65_HS1-834228961_62-HQ-83894_Serial_164
Agency: FBI
Page 117
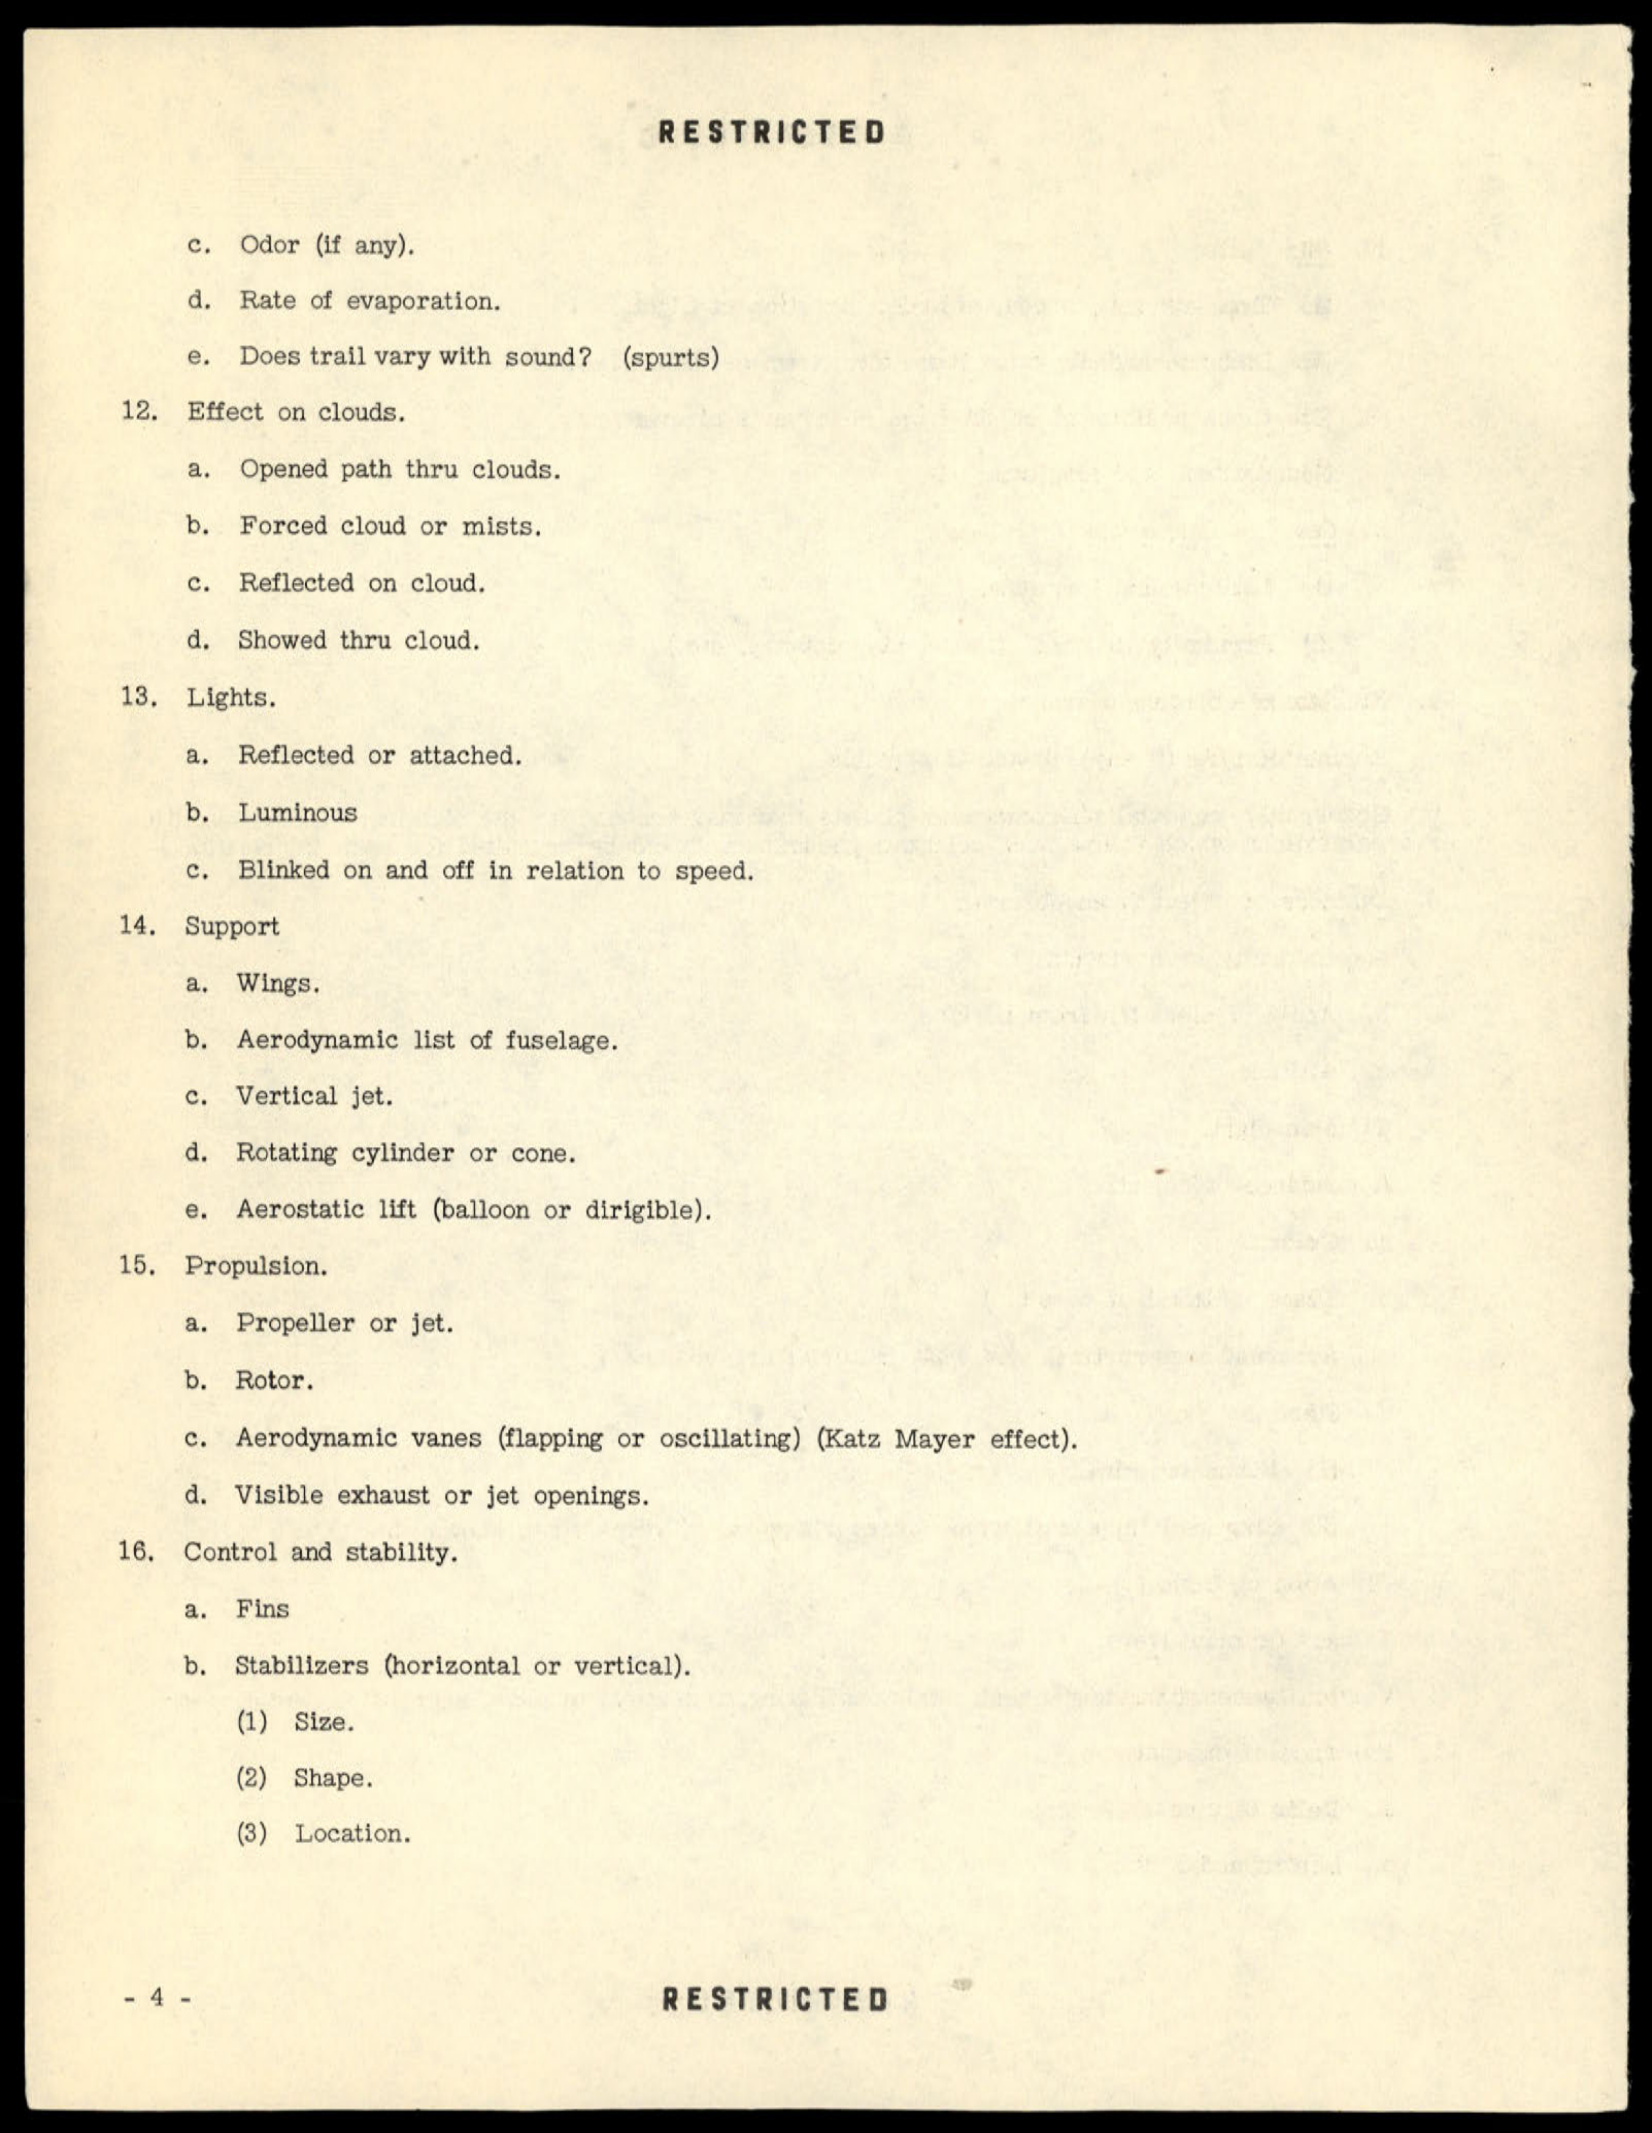